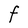
Character: F